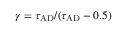
\gamma = \tau _ { \mathrm { A D } } / ( \tau _ { \mathrm { A D } } - 0 . 5 )